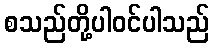
စသည်တို့ပါဝင်ပါသည်